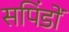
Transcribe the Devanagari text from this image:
सपिंडों